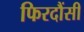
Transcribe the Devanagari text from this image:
फिरदौंसी